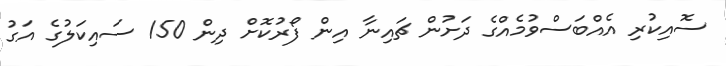
ސޮއިކުރި އެއްބަސްވުމެއްގެ ދަށުން ޗައިނާ އިން ފޯރުކޮށް ދިން 150 ސައިކަލުގެ އަގު